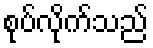
စုပ်လိုက်သည်